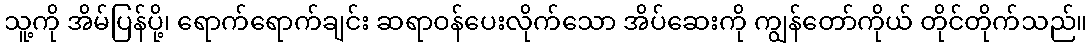
သူ့ကို အိမ်ပြန်ပို့၊ ရောက်ရောက်ချင်း ဆရာဝန်ပေးလိုက်သော အိပ်ဆေးကို ကျွန်တော်ကိုယ် တိုင်တိုက်သည်။